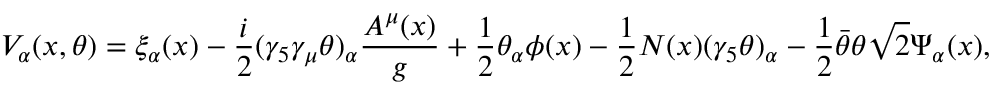
V _ { \alpha } ( x , \theta ) = \xi _ { \alpha } ( x ) - \frac { i } { 2 } ( \gamma _ { 5 } \gamma _ { \mu } \theta ) _ { \alpha } \frac { A ^ { \mu } ( x ) } { g } + \frac { 1 } { 2 } \theta _ { \alpha } \phi ( x ) - \frac { 1 } { 2 } N ( x ) ( \gamma _ { 5 } \theta ) _ { \alpha } - \frac { 1 } { 2 } \bar { \theta } \theta \sqrt { 2 } \Psi _ { \alpha } ( x ) ,